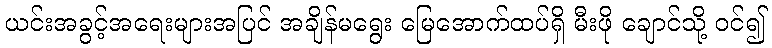
ယင်းအခွင့်အရေးများအပြင် အချိန်မရွေး မြေအောက်ထပ်ရှိ မီးဖို ချောင်သို့ ဝင်၍